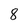
Character: 8